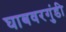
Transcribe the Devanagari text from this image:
घाबवरगुंडी